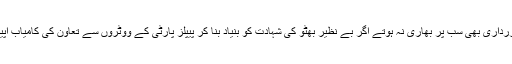
آصف علی زرداری بھی سب پر بھاری نہ ہوتے اگر بے نظیر بھٹو کی شہادت کو بنیاد بنا کر پیپلز پارٹی کے ووٹروں سے تعاون کی کامیاب اپیل نہ کرتے۔